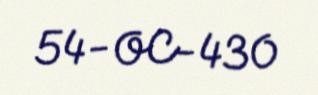
54-OC-430